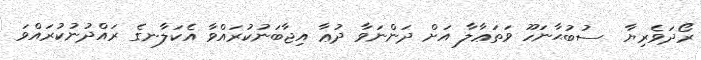
ރޯދަވެރިޔާ  ސުބުޙާނަހޫ ވަތަޢާލާ އަށް ދަންނަވާ ދުޢާ އިޖާބަނުކުރައްވާ އެކަލާނގެ ރައްދުނުކުރައްވަ